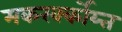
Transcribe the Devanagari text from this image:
मकरर्क्कोय्त्त